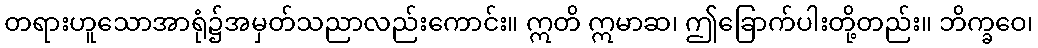
တရားဟူသောအာရုံ၌အမှတ်သညာလည်းကောင်း။ ဣတိ ဣမာဆ၊ ဤခြောက်ပါးတို့တည်း။ ဘိက္ခဝေ၊